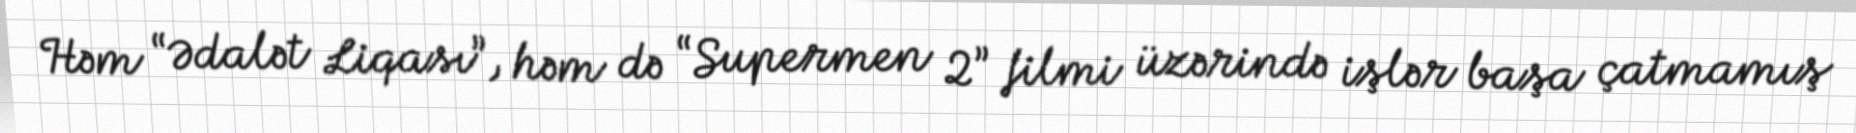
Həm “Ədalət Liqası”, həm də “Supermen 2” filmi üzərində işlər başa çatmamış